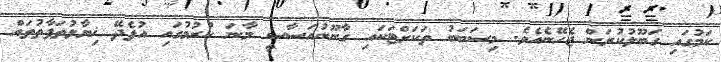
ކަމުގައި ގަބޫލުކުރަން ޖެހޭނެއެވެ. މިސަބަބު ތަކަށްޓަކައި ގާނޫނުއަސާސީ މާނަ ކުރުމުގައި އުފެދޭ ޚިޔާލުތަފާތުތައް